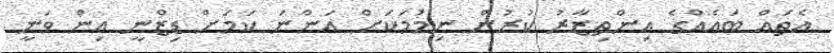
އެތައް ބައެއްގެ އިންތިޒާރު ކުރުން ނިމުމަކަށް އަންނަ ކަމަށް ޑިޒްނީ އިން ވަނީ